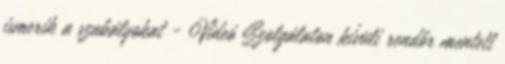
ismerik a szabályokat - Videó Szolgálaton kívüli rendőr mentett